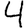
Digit: 4